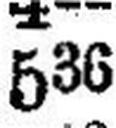
536